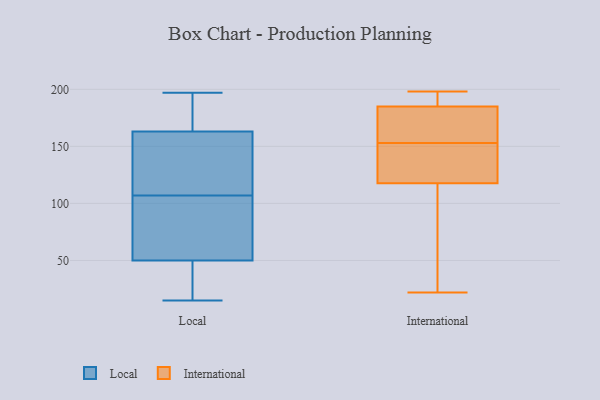
{"axis": {"x": "Humidity (%)", "y": "Value"}, "legend": ["International", "Local"], "data": [{"x": "", "y": 143, "type": "Local"}, {"x": "", "y": 28, "type": "Local"}, {"x": "", "y": 17, "type": "Local"}, {"x": "", "y": 74, "type": "Local"}, {"x": "", "y": 94, "type": "Local"}, {"x": "", "y": 72, "type": "Local"}, {"x": "", "y": 120, "type": "Local"}, {"x": "", "y": 177, "type": "Local"}, {"x": "", "y": 157, "type": "Local"}, {"x": "", "y": 169, "type": "Local"}, {"x": "", "y": 197, "type": "Local"}, {"x": "", "y": 15, "type": "Local"}, {"x": "", "y": 157, "type": "International"}, {"x": "", "y": 153, "type": "International"}, {"x": "", "y": 129, "type": "International"}, {"x": "", "y": 198, "type": "International"}, {"x": "", "y": 60, "type": "International"}, {"x": "", "y": 114, "type": "International"}, {"x": "", "y": 194, "type": "International"}, {"x": "", "y": 22, "type": "International"}, {"x": "", "y": 166, "type": "International"}, {"x": "", "y": 119, "type": "International"}, {"x": "", "y": 185, "type": "International"}, {"x": "", "y": 185, "type": "International"}, {"x": "", "y": 122, "type": "International"}]}